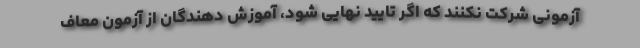
آزمونی شرکت نکنند که اگر تایید نهایی شود، آموزش دهندگان از آزمون معاف